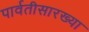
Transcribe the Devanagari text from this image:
पार्वतीसारख्या